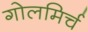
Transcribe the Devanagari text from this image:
गोलमिर्च